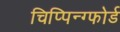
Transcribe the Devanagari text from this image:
चिप्पिन्ग्फोर्ड